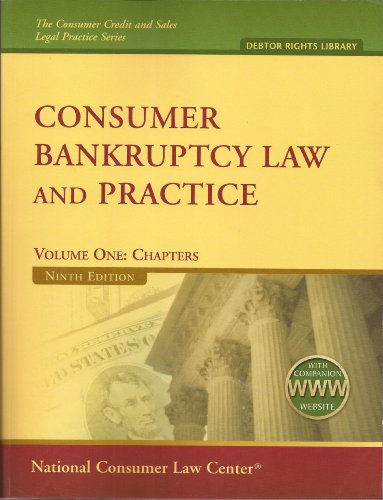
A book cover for Consumer Bankruptcy Law and Practice ((2 volumes with companion website)); Henry Sommer; Law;